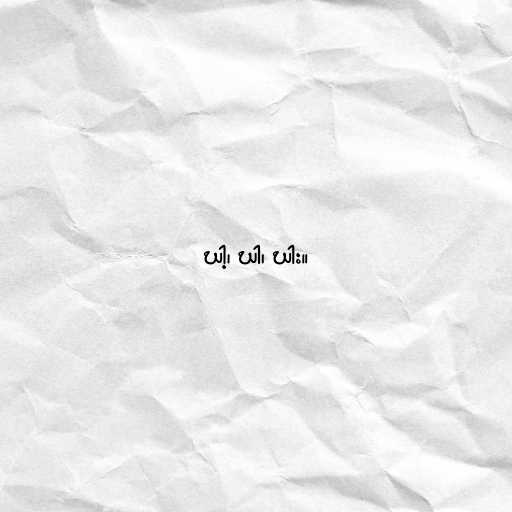
ဃါ့၊ ဃါ၊ ဃါး။